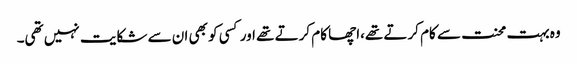
وہ بہت محنت سے کام کرتے تھے،اچھا کام کرتے تھے اور کسی کو بھی ان سے شکایت نہیں تھی۔